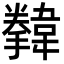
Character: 𩏗